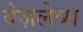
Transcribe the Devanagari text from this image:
बेज़लेव्स